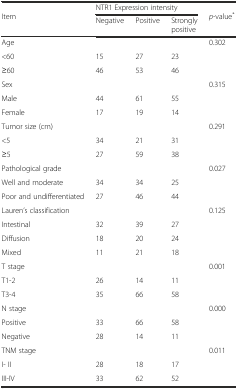
<table><thead><tr><td rowspan="2"><b>Item</b></td><td colspan="3"><b>NTR1 Expression intensity</b></td><td rowspan="2"><b><i>p</i>-value<sup>*</sup></b></td></tr><tr><td><b>Negative</b></td><td><b>Positive</b></td><td><b>Strongly positive</b></td></tr></thead><tbody><tr><td>Age</td><td></td><td></td><td></td><td>0.302</td></tr><tr><td>&lt;60</td><td>15</td><td>27</td><td>23</td><td></td></tr><tr><td>≥60</td><td>46</td><td>53</td><td>46</td><td></td></tr><tr><td>Sex</td><td></td><td></td><td></td><td>0.315</td></tr><tr><td>Male</td><td>44</td><td>61</td><td>55</td><td rowspan="2"></td></tr><tr><td>Female</td><td>17</td><td>19</td><td>14</td></tr><tr><td>Tumor size (cm)</td><td></td><td></td><td></td><td>0.291</td></tr><tr><td>&lt;5</td><td>34</td><td>21</td><td>31</td><td rowspan="2"></td></tr><tr><td>≥5</td><td>27</td><td>59</td><td>38</td></tr><tr><td>Pathological grade</td><td></td><td></td><td></td><td>0.027</td></tr><tr><td>Well and moderate</td><td>34</td><td>34</td><td>25</td><td rowspan="2"></td></tr><tr><td>Poor and undifferentiated</td><td>27</td><td>46</td><td>44</td></tr><tr><td>Lauren’s classification</td><td></td><td></td><td></td><td>0.125</td></tr><tr><td>Intestinal</td><td>32</td><td>39</td><td>27</td><td></td></tr><tr><td>Diffusion</td><td>18</td><td>20</td><td>24</td><td rowspan="2"></td></tr><tr><td>Mixed</td><td>11</td><td>21</td><td>18</td></tr><tr><td>T stage</td><td></td><td></td><td></td><td>0.001</td></tr><tr><td>T1-2</td><td>26</td><td>14</td><td>11</td><td></td></tr><tr><td>T3-4</td><td>35</td><td>66</td><td>58</td><td></td></tr><tr><td>N stage</td><td></td><td></td><td></td><td>0.000</td></tr><tr><td>Positive</td><td>33</td><td>66</td><td>58</td><td></td></tr><tr><td>Negative</td><td>28</td><td>14</td><td>11</td><td></td></tr><tr><td>TNM stage</td><td></td><td></td><td></td><td>0.011</td></tr><tr><td>I- II</td><td>28</td><td>18</td><td>17</td><td></td></tr><tr><td>III-IV</td><td>33</td><td>62</td><td>52</td><td></td></tr></tbody></table>